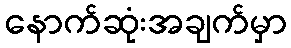
နောက်ဆုံးအချက်မှာ